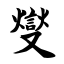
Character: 燮